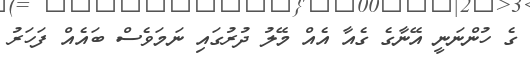
ގެ ހުންނަނީ އޭނާގެ ގެއާ އެއް މޭލު ދުރުގައި ނަމަވެސް ބައެއް ފަހަރު